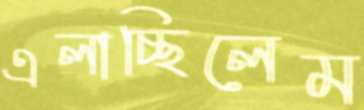
এলাচ্ছিলেম